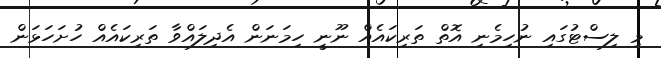
މި ލިސްޓުގައި ނުހިމެނި އޮތް ތަރިކައެއް ނޫނީ ހިމަނަން އެދިލައްވާ ތަރިކައެއް ހުށަހަޅަން